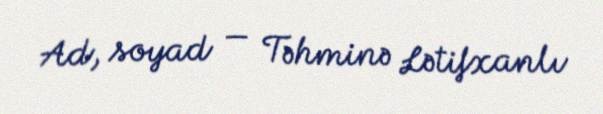
Ad, soyad — Təhminə Lətifxanlı